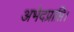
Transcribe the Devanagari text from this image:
अभेदप्राप्ति।